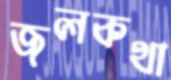
জলকথা